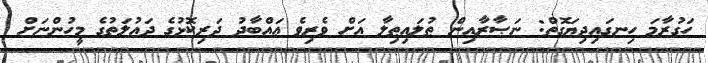
ހަގުރާމަ ހިނގައިދިޔަގޮތް: ނަޞާރާއިން ޠުލައިޠިލާ އަށް ވެރިވެ ޢައްބާދު ދަރިކޮޅުގެ ދައުލަތުގެ މީހުންނަށް